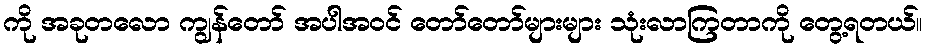
ကို အခုတလော ကျွန်တော် အပါအဝင် တော်တော်များများ သုံးလာကြတာကို တွေ့ရတယ်။